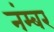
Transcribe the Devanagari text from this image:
नंम्बर